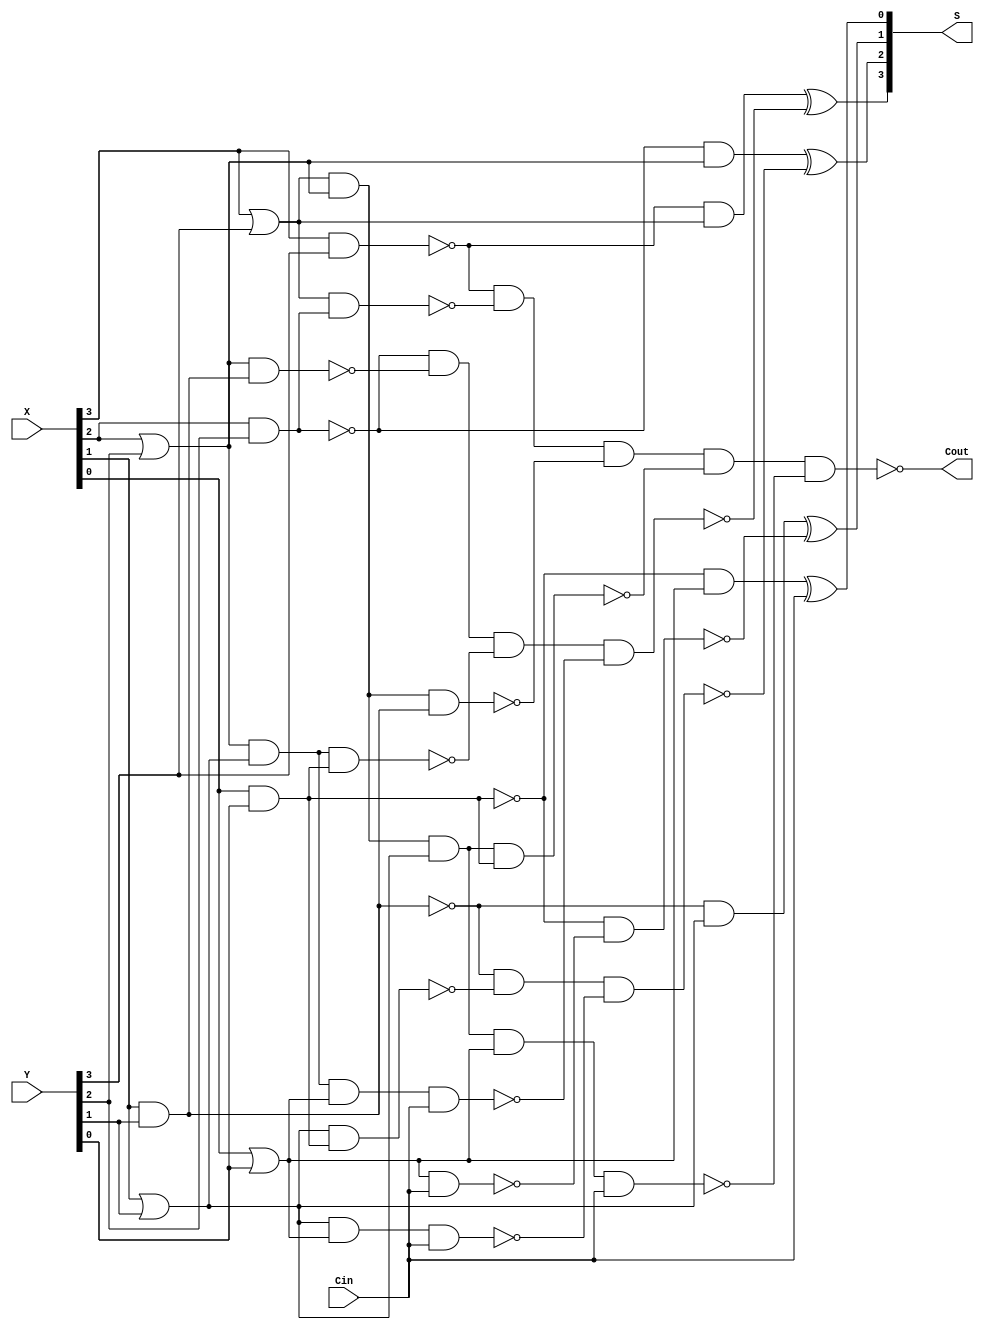
`timescale 1ns / 1ps
//////////////////////////////////////////////////////////////////////////////////
// Company: 
// Engineer: 
// 
// Design Name: 
// Module Name: CLA_4
// Project Name: 
// Target Devices: 
// Tool Versions: 
// Description: 
// 
// Dependencies: 
// 
// Revision:
// Revision 0.01 - File Created
// Additional Comments:
// 
//////////////////////////////////////////////////////////////////////////////////


module CLA_4(X,Y,Cin,S,Cout);
    input [3:0]X,Y;
    output Cout;
    input Cin;
    output [3:0]S;
    and i0(Y_3,X[3],Y[3]);
    or i1(X_3,X[3],Y[3]);
    and i2(Y_2,X[2],Y[2]);
    or i3(X_2,X[2],Y[2]);
    and i4(Y_1,X[1],Y[1]);
    or i5(X_1,X[1],Y[1]);
    and i6(Y_0,X[0],Y[0]);
    or i7(X_0,X[0],Y[0]);
    not i01(Y_31,Y_3);
    nand i02(Y_32,X_3,Y_2);
    nand i03(Y_33,X_3,X_2,Y_1);
    nand i04(Y_34,X_3,X_2,X_1,Y_0);
    nand i05(Y_35,X_3,X_2,X_1,X_0,Cin);
    nand i00(Cout,Y_31,Y_32,Y_33,Y_34,Y_35);//Cout
    not i_2(Y__3,Y_3);
    and i21(Y_21,Y__3,X_3);
    not i22(Y_22,Y_2);
    nand i23(Y_23,X_2,Y_1);
    nand i24(Y_24,X_2,X_1,Y_0);
    nand i25(Y_25,X_2,X_1,X_0,Cin);
    nand i26(Y_26,Y_22,Y_23,Y_24,Y_25);
    xor i20(S[3],Y_21,Y_26);//S3
    not i_1(Y__2,Y_2);
    and i11(Y_11,Y__2,X_2);
    not i12(Y_12,Y_1);
    nand i13(Y_13,X_1,Y_0);
    nand i14(Y_14,X_1,X_0,Cin);
    nand i15(Y_15,Y_12,Y_13,Y_14);
    xor i10(S[2],Y_11,Y_15);//S2
    not i_0(Y__1,Y_1);
    and i51(Y_51,Y__1,X_1);
    not i52(Y_52,Y_0);
    nand i53(Y_53,X_0,Cin);
    nand i54(Y_54,Y_52,Y_53);
    xor i50(S[1],Y_51,Y_54);//S1
    not i41(Y__0,Y_0);
    and i42(Y_4,Y__0,X_0);
    xor i40(S[0],Y_4,Cin);//S0
endmodule